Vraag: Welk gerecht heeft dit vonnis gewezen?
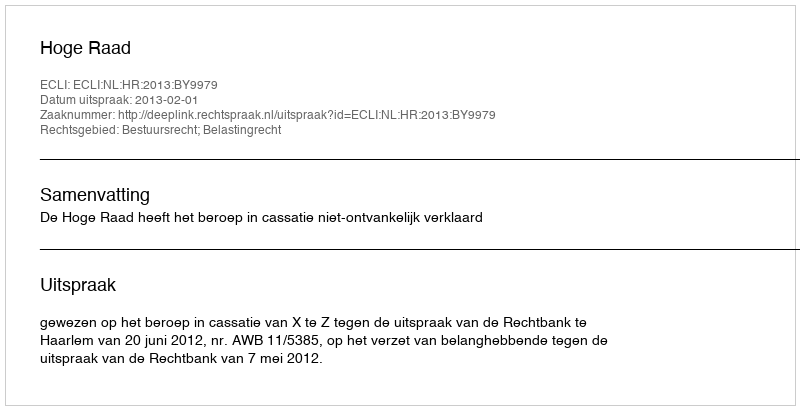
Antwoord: Hoge Raad